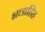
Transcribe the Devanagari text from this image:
भलाहिह